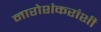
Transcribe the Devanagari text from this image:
नारोशंकरांशी